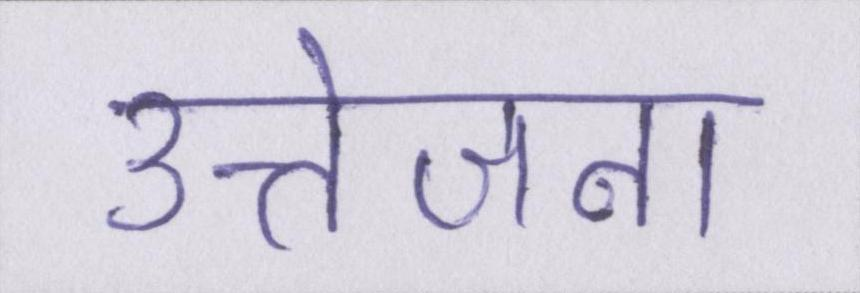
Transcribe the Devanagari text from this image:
उत्तेजना